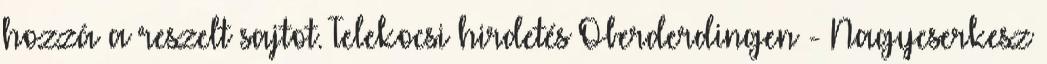
hozzá a reszelt sajtot. Telekocsi hirdetés Oberderdingen - Nagycserkesz